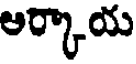
ఆర్కాయ